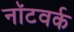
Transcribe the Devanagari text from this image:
नॉटवर्क